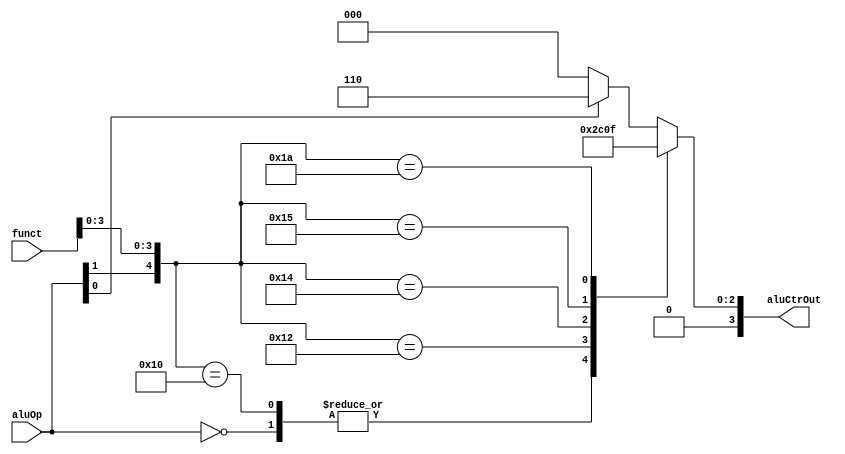
module ALUCtr(
    output [3:0] aluCtrOut,
    input [5:0] funct,
    input [1:0] aluOp
    );
    
    reg [3:0] aluCtrOut;
    
    always @({aluOp, funct})
    begin
        casex({aluOp, funct})
        8'b00xxxxxx: aluCtrOut = 4'b0010;
        8'b1xxx0000: aluCtrOut = 4'b0010;
        8'b1xxx0010: aluCtrOut = 4'b0110;
        8'b1xxx0100: aluCtrOut = 4'b0000;
        8'b1xxx0101: aluCtrOut = 4'b0001;
        8'b1xxx1010: aluCtrOut = 4'b0111;
        8'bx1xxxxxx: aluCtrOut = 4'b0110;
        default: aluCtrOut = 4'b0000;
        endcase
    end
        
endmodule